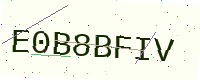
Text: E0B8BFIV